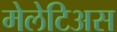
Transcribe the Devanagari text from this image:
मेलेटिअस